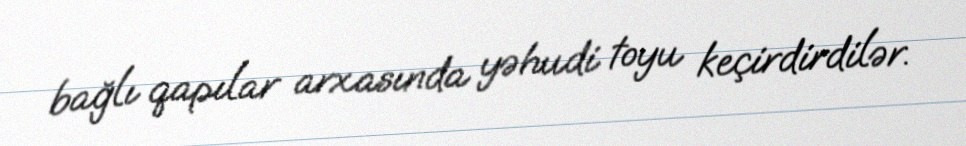
bağlı qapılar arxasında yəhudi toyu keçirdirdilər.